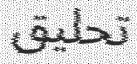
تحليق